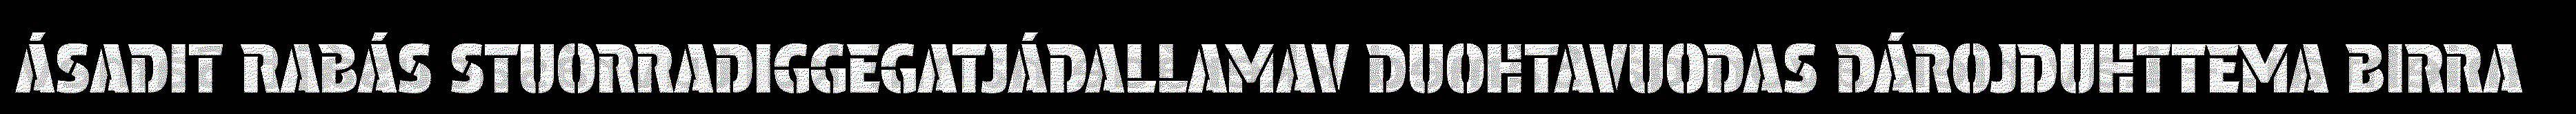
ÁSADIT RABÁS STUORRADIGGEGATJÁDALLAMAV DUOHTAVUODAS DÁROJDUHTTEMA BIRRA